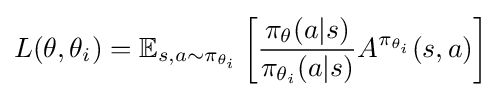
L(\theta ,\theta _{i})=\mathbb {E} _{s,a\sim \pi _{\theta _{i}}}\left[{\frac {\pi _{\theta }(a|s)}{\pi _{\theta _{i}}(a|s)}}A^{\pi _{\theta _{i}}}(s,a)\right]